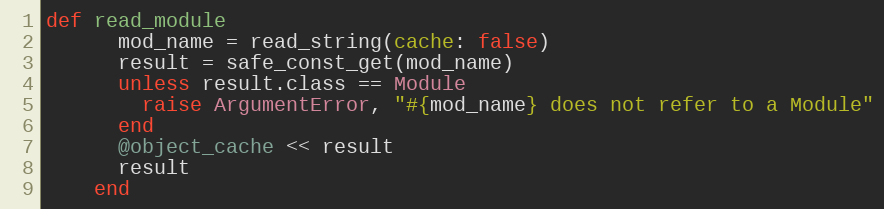
Language: Ruby
def read_module
      mod_name = read_string(cache: false)
      result = safe_const_get(mod_name)
      unless result.class == Module
        raise ArgumentError, "#{mod_name} does not refer to a Module"
      end
      @object_cache << result
      result
    end